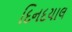
દિનદયાલ